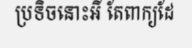
ប្រទិចនោះអី តែពាក្យដែ